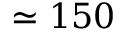
\simeq 1 5 0